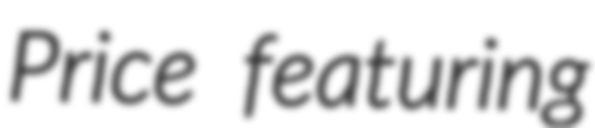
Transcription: Price featuring